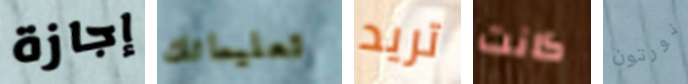
إجازة تعليماتك تريد كانت نورتون